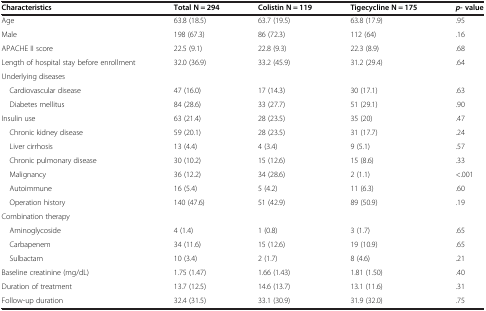
<table><thead><tr><td><b>Characteristics</b></td><td><b>Total N = 294</b></td><td><b>Colistin N = 119</b></td><td><b>Tigecycline N = 175</b></td><td><b><i>p</i>- value</b></td></tr></thead><tbody><tr><td>Age</td><td>63.8 (18.5)</td><td>63.7 (19.5)</td><td>63.8 (17.9)</td><td>.95</td></tr><tr><td>Male</td><td>198 (67.3)</td><td>86 (72.3)</td><td>112 (64)</td><td>.16</td></tr><tr><td>APACHE II score</td><td>22.5 (9.1)</td><td>22.8 (9.3)</td><td>22.3 (8.9)</td><td>.68</td></tr><tr><td>Length of hospital stay before enrollment</td><td>32.0 (36.9)</td><td>33.2 (45.9)</td><td>31.2 (29.4)</td><td>.64</td></tr><tr><td>Underlying diseases</td><td> </td><td> </td><td> </td><td> </td></tr><tr><td> Cardiovascular disease</td><td>47 (16.0)</td><td>17 (14.3)</td><td>30 (17.1)</td><td>.63</td></tr><tr><td> Diabetes mellitus</td><td>84 (28.6)</td><td>33 (27.7)</td><td>51 (29.1)</td><td>.90</td></tr><tr><td>Insulin use</td><td>63 (21.4)</td><td>28 (23.5)</td><td>35 (20)</td><td>.47</td></tr><tr><td> Chronic kidney disease</td><td>59 (20.1)</td><td>28 (23.5)</td><td>31 (17.7)</td><td>.24</td></tr><tr><td> Liver cirrhosis</td><td>13 (4.4)</td><td>4 (3.4)</td><td>9 (5.1)</td><td>.57</td></tr><tr><td> Chronic pulmonary disease</td><td>30 (10.2)</td><td>15 (12.6)</td><td>15 (8.6)</td><td>.33</td></tr><tr><td> Malignancy</td><td>36 (12.2)</td><td>34 (28.6)</td><td>2 (1.1)</td><td>&lt;.001</td></tr><tr><td> Autoimmune</td><td>16 (5.4)</td><td>5 (4.2)</td><td>11 (6.3)</td><td>.60</td></tr><tr><td> Operation history</td><td>140 (47.6)</td><td>51 (42.9)</td><td>89 (50.9)</td><td>.19</td></tr><tr><td>Combination therapy</td><td> </td><td> </td><td> </td><td> </td></tr><tr><td> Aminoglycoside</td><td>4 (1.4)</td><td>1 (0.8)</td><td>3 (1.7)</td><td>.65</td></tr><tr><td> Carbapenem</td><td>34 (11.6)</td><td>15 (12.6)</td><td>19 (10.9)</td><td>.65</td></tr><tr><td> Sulbactam</td><td>10 (3.4)</td><td>2 (1.7)</td><td>8 (4.6)</td><td>.21</td></tr><tr><td>Baseline creatinine (mg/dL)</td><td>1.75 (1.47)</td><td>1.66 (1.43)</td><td>1.81 (1.50)</td><td>.40</td></tr><tr><td>Duration of treatment</td><td>13.7 (12.5)</td><td>14.6 (13.7)</td><td>13.1 (11.6)</td><td>.31</td></tr><tr><td>Follow-up duration</td><td>32.4 (31.5)</td><td>33.1 (30.9)</td><td>31.9 (32.0)</td><td>.75</td></tr></tbody></table>